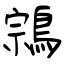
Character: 鶎